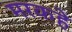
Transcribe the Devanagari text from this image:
मरकहे